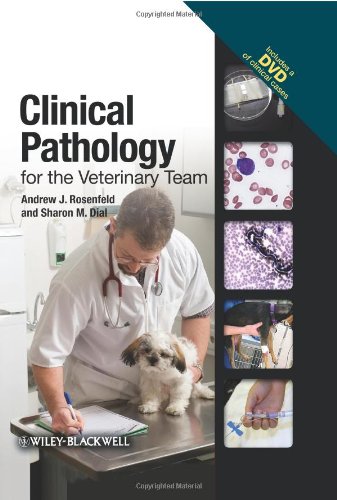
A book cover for Clinical Pathology for the Veterinary Team; Andrew J. Rosenfeld; Medical Books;